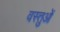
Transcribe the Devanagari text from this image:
वस्तुओें